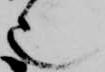
也